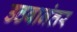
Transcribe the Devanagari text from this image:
उठवानंतर